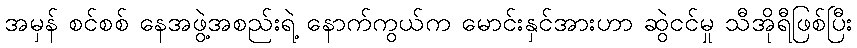
အမှန် စင်စစ် နေအဖွဲ့အစည်းရဲ့ နောက်ကွယ်က မောင်းနှင်အားဟာ ဆွဲငင်မှု သီအိုရီဖြစ်ပြီး